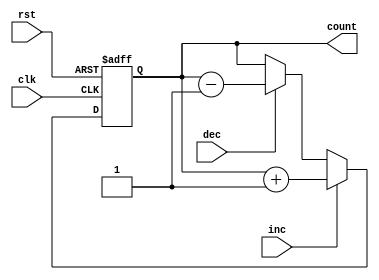
module Counter (
    input clk,
    input rst,
    input inc,
    input dec,
    output reg [3:0] count
);

always @ (posedge clk or posedge rst)
begin
    if (rst)
        count <= 4'b0000;
    else if (inc)
        count <= count + 1;
    else if (dec)
        count <= count - 1;
end

endmodule